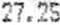
27.25